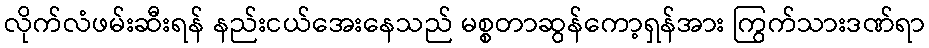
လိုက်လံဖမ်းဆီးရန် နည်းငယ်အေးနေသည် မစ္စတာဆွန်ကော့ရှန်အား ကြွက်သားဒဏ်ရာ